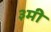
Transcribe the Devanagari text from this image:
३मी